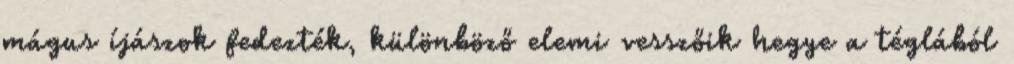
mágus íjászok fedezték, különböző elemi vesszőik hegye a téglából